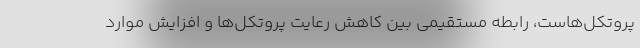
پروتکل‌هاست، رابطه مستقیمی بین کاهش رعایت پروتکل‌ها و افزایش موارد